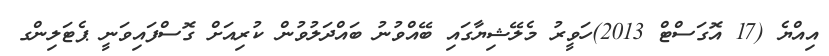
އިއްޔެ (17 އޮގަސްޓް 2013)ހަވީރު މެލޭޝިޔާގައި ބޭއްވުނު ބައްދަލުވުން ކުރިއަށް ގޮސްފައިވަނީ ޕެޓަލިންގ